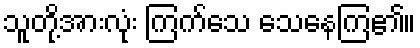
သူတို့အားလုံး ကြက်သေ သေနေကြ၏။